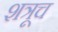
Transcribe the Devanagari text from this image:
शत्रूच